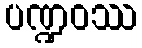
ပဏ္ဍဝဿ